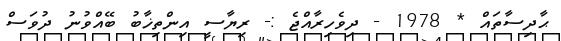
ޙާދިސާތައް * 1978 - ދިވެހިރާއްޖެ :- ރިޔާސީ އިންތިޚާބު ބޭއްވުނު ދުވަސް